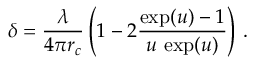
\delta = \frac { \lambda } { 4 \pi r _ { c } } \left( 1 - 2 \frac { \exp ( u ) - 1 } { u \, \exp ( u ) } \right) \, .